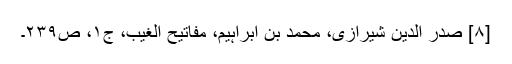
[۸] صدر الدین شیرازی، محمد بن ابراہیم‌، مفاتیح الغیب، ج‌۱، ص‌۲۳۹۔